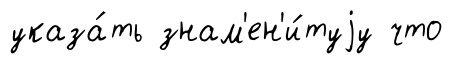
указа́ть знам'ен'и́туjу что